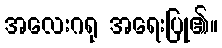
အလေးဂရု အရေးပြု၏။